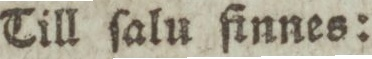
Till ſalu finnes: